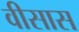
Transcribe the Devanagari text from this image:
वीसास